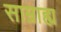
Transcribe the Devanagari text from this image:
साम्राह्य